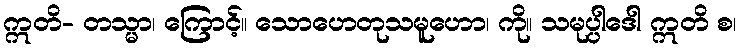
ဣတိ- တသ္မာ၊ ကြောင့်။ သောဟေတုသမူဟော၊ ကို။ သမုပ္ပါဒေါ ဣတိ စ၊